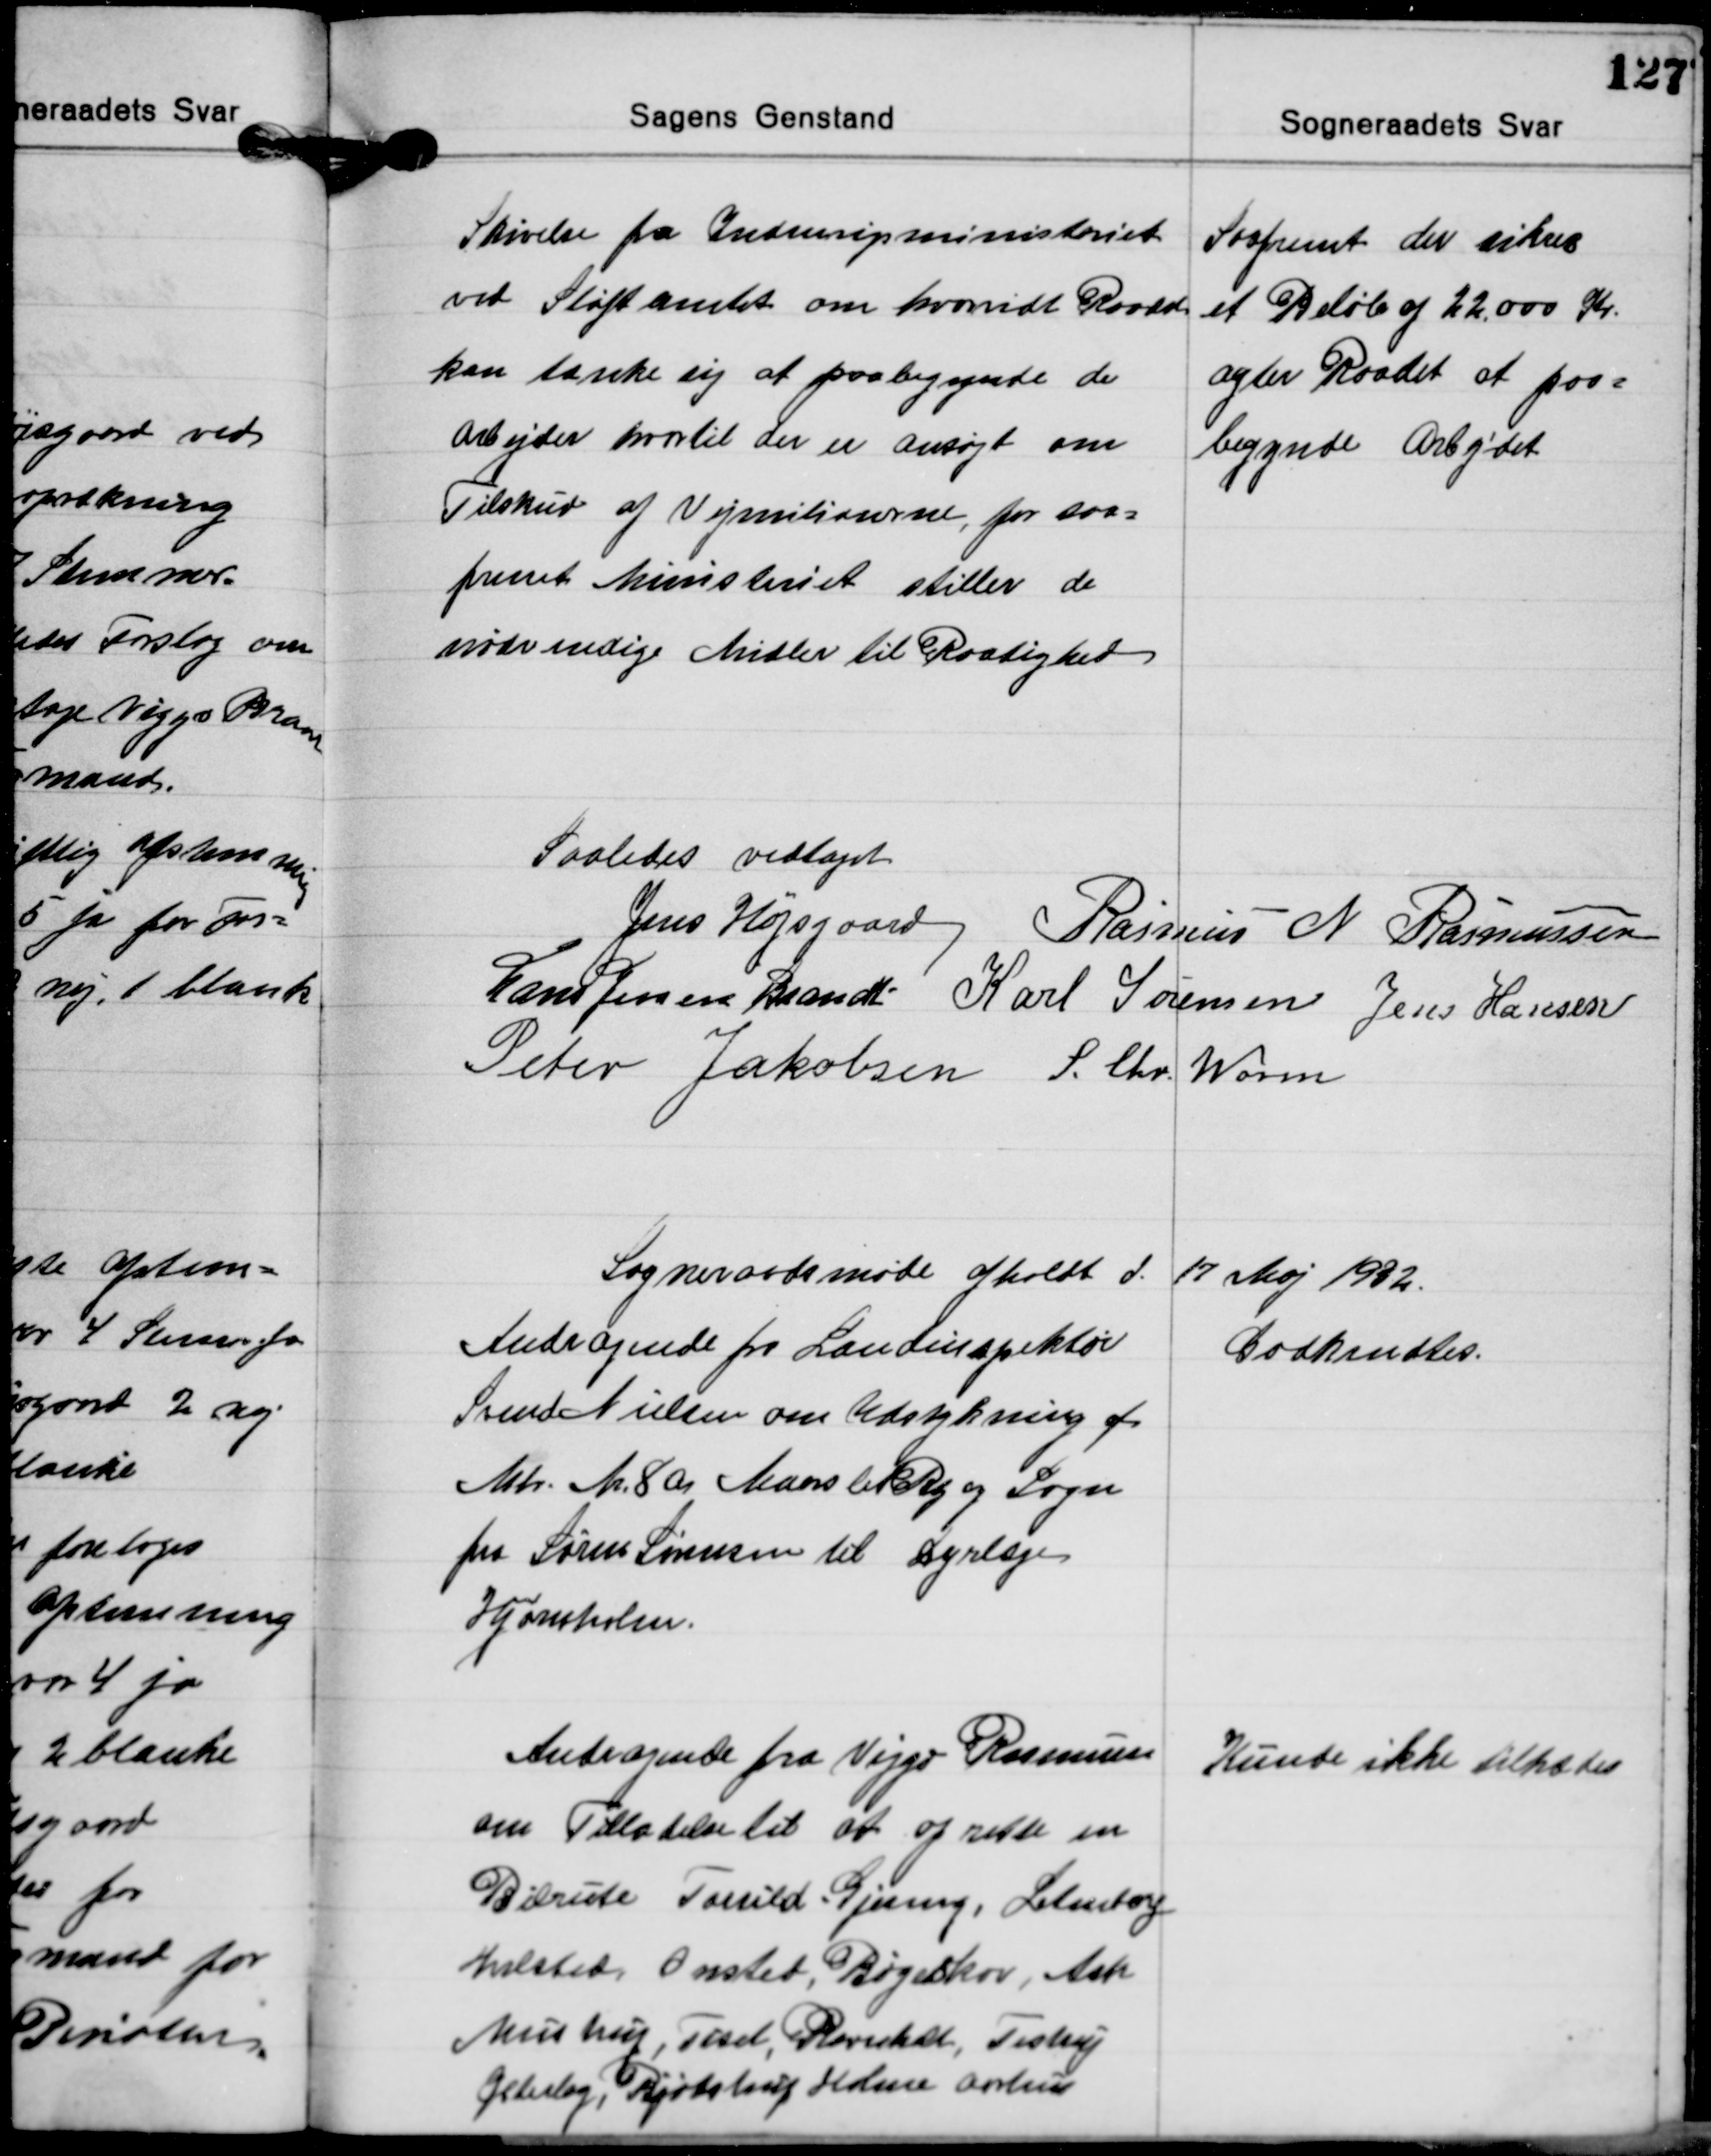
Transskription:
Skivelse fra Indenrigsministeriet
ved Stiftamtet om hvorvidt Raadet
kan tænke sig at paabegynde de
Arbejder hvortil der er ansøgt om
Tilskud af Vejmilionerne, for saa-
fremt Ministeriet stiller de
nødvendige Midler til Raadighed

Saafremt der sikres
et Beløb af 22.000 Kr.
agter Raadet at paa-
begynde Arbejdet

Saaledes vedtaget
Jens Højsgaard Rasmus N. Rasmussen
Hans Jessen Brandt Karl Sørensen Jens Hansen
Peter Jakobsen S. Chr. Worm

Sogneraadsmøde aholdt d. 17 Maj 1932.

Andragende fra Landinspektør
Svend Nielsen om Udstykning af
Mtr. Nr. 8a Maarslet By og Sogn
fra Søren Sørensen til Dyrlæge
Hjørnholm.

Godkendtes.

Andragende fra Viggo Rasmussen
om Tilladelse til at oprette en
Bilrute Torrild-Gjeding, Letenborg
Hvilsted Onsted, Bøgeskov, Ask
Mustrup, Tiset, Ravnholt, Testrup
Østerby, Bjødstrup Holme Aarhus

Kunde ikke tiltædes